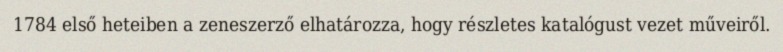
1784 első heteiben a zeneszerző elhatározza, hogy részletes katalógust vezet műveiről.